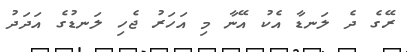
ރޭގެ ދެ ލަނޑާ އެކު އޭނާ މި އަހަރު ޖެހި ލަނޑުގެ އަދަދު